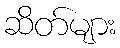
ဆိတ်များ